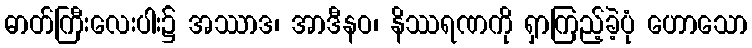
ဓာတ်ကြီးလေးပါး၌ အဿာဒ၊ အာဒီနဝ၊ နိဿရဏကို ရှာကြည့်ခဲ့ပုံ ဟောသော